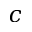
c